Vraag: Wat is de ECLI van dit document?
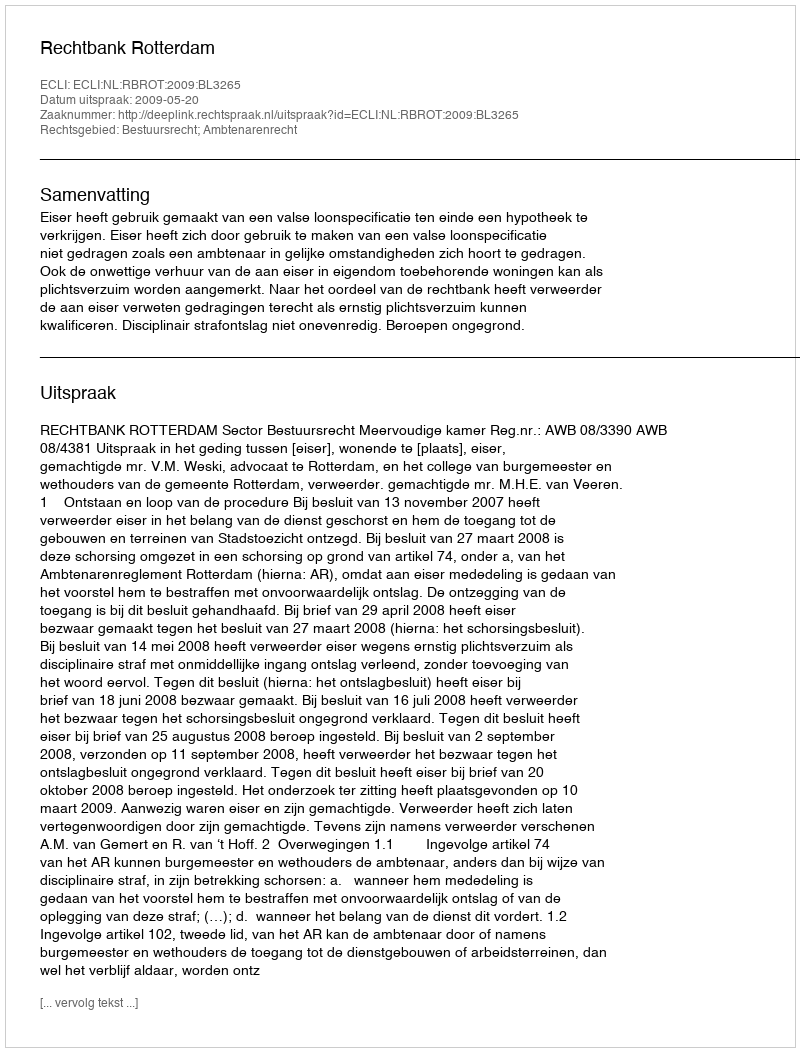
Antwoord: ECLI:NL:RBROT:2009:BL3265